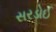
સરડોઈ